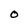
Character: O